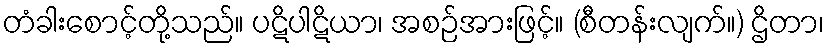
တံခါးစောင့်တို့သည်။ ပဋိပါဋိယာ၊ အစဉ်အားဖြင့်။ (စီတန်းလျက်။) ဌိတာ၊